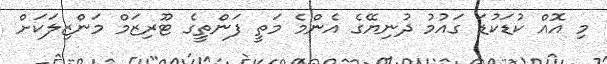
މި އޮއް ކުޑަކުޑަ ގައުމު ދުނިޔޭގެ އެންމެ މަތީ ފަންތީގެ ޓޫރިޒަމް މަންޒިލަކަށް